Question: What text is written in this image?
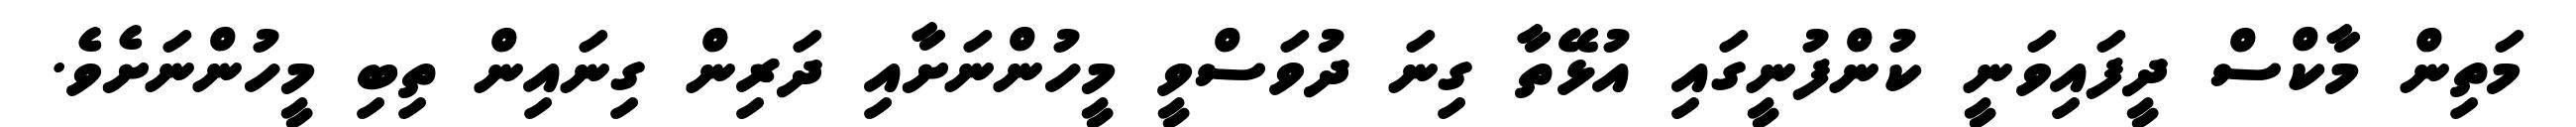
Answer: މަތިން މާކްސް ދީފައިވަނީ ކުންފުނީގައި އުޅޭތާ ގިނަ ދުވަސްވީ މީހުންނަށާއި ދަރިން ގިނައިން ތިބި މީހުންނަށެވެ.